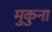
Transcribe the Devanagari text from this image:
मुकुना